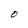
Character: O